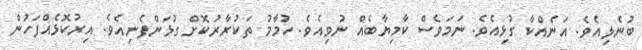
ބުނެލިއެވެ. އަނެއްކާ ގުޅިއެވެ. ނަމަވެސް ކާމިޔާބެއް ނުވިއެވެ. ހުމާމު ތަކުރާރުކޮށް ގުޅަންފެށިއެވެ. އިރުކޮޅެއްފަހުން